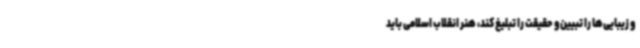
و زیبایی‌ها را تبیین و حقیقت را تبلیغ کند، هنر انقلاب اسلامی باید